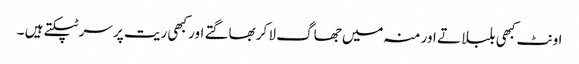
اونٹ کبھی بلبلاتے اور منہ میں جھاگ لا کر بھاگتے اور کبھی ریت پر سر ٹپکتے ہیں ۔